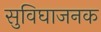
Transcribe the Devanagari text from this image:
सुविघाजनक